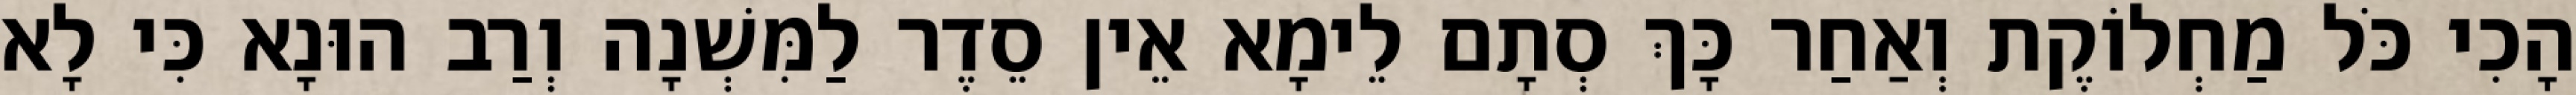
הָכִי כֹּל מַחְלוֹקֶת וְאַחַר כָּךְ סְתָם לֵימָא אֵין סֵדֶר לַמִּשְׁנָה וְרַב הוּנָא כִּי לָא